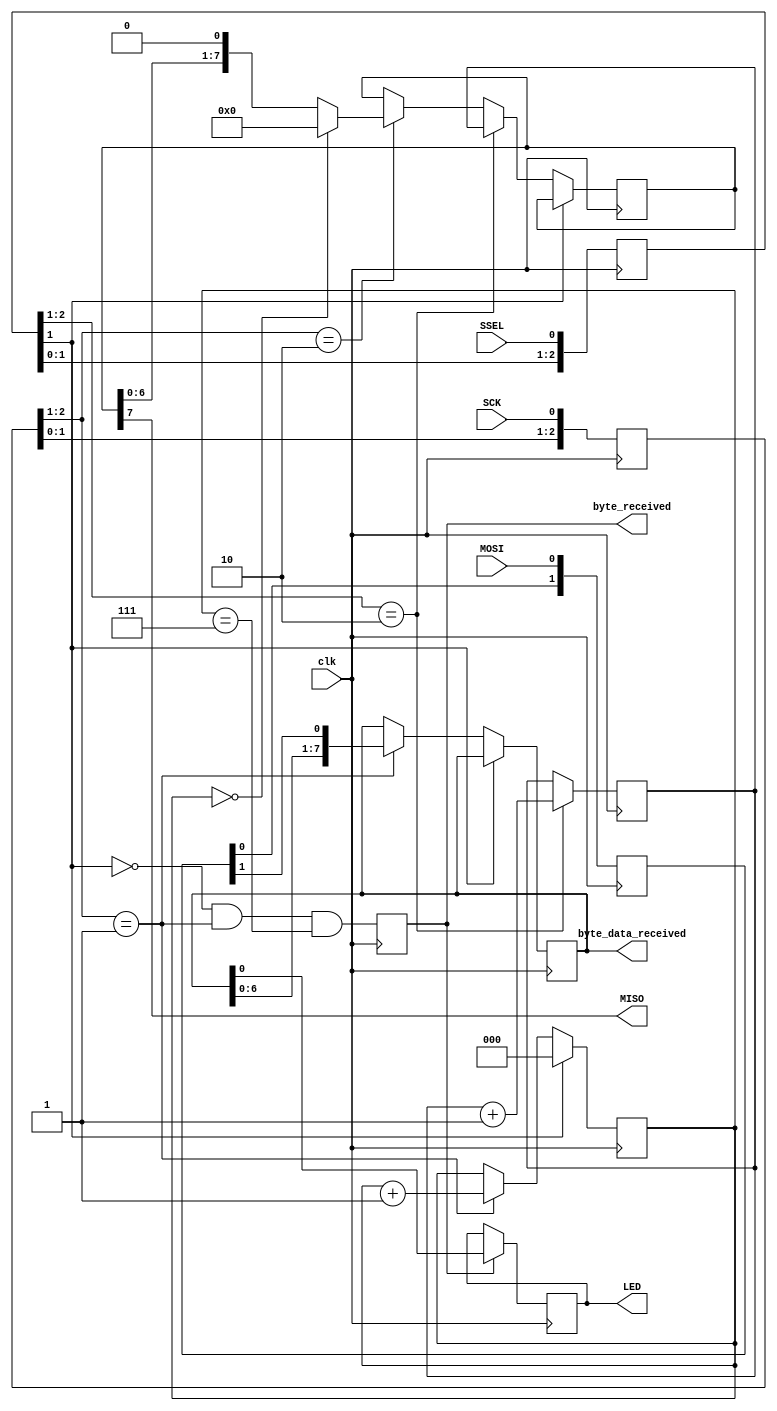
`timescale 1ns / 1ps
//////////////////////////////////////////////////////////////////////////////////
// Company: 
// Engineer: 
// 
// Design Name: 
// Module Name: SPI_slave
// Project Name: 
// Target Devices: 
// Tool Versions: 
// Description: 
// 
// Dependencies: 
// 
// Revision:
// Revision 0.01 - File Created
// Additional Comments:
// 
//////////////////////////////////////////////////////////////////////////////////
/* Simple SPI slave code from http://www.fpga4fun.com/SPI2.html */
/*SPI MODE 0*/

module SPI_slave(clk, SCK, MOSI, MISO, SSEL, LED, byte_received, byte_data_received);
input clk;

input SCK, SSEL, MOSI;
output MISO;

output LED;
output reg [7:0] byte_data_received;
output reg byte_received;

// sync SCK to the FPGA clock using a 3-bits shift register
reg [2:0] SCKr;  always @(posedge clk) SCKr <= {SCKr[1:0], SCK};
wire SCK_risingedge = (SCKr[2:1]==2'b01);  // now we can detect SCK rising edges
wire SCK_fallingedge = (SCKr[2:1]==2'b10);  // and falling edges

// same thing for SSEL
reg [2:0] SSELr;  always @(posedge clk) SSELr <= {SSELr[1:0], SSEL};
wire SSEL_active = ~SSELr[1];  // SSEL is active low
wire SSEL_startmessage = (SSELr[2:1]==2'b10);  // message starts at falling edge
wire SSEL_endmessage = (SSELr[2:1]==2'b01);  // message stops at rising edge

// and for MOSI
reg [1:0] MOSIr;  always @(posedge clk) MOSIr <= {MOSIr[0], MOSI};
wire MOSI_data = MOSIr[1];


// we handle SPI in 8-bits format, so we need a 3 bits counter to count the bits as they come in
reg [2:0] bitcnt;

//reg byte_received;  // high when a byte has been received
//reg [7:0] byte_data_received;

always @(posedge clk)
begin
  if(~SSEL_active)
    bitcnt <= 3'b000;
  else
  if(SCK_risingedge)
  begin
    bitcnt <= bitcnt + 3'b001;

    // implement a shift-left register (since we receive the data MSB first)
    byte_data_received <= {byte_data_received[6:0], MOSI_data};
  end
end

always @(posedge clk) byte_received <= SSEL_active && SCK_risingedge && (bitcnt==3'b111);

// we use the LSB of the data received to control an LED
reg LED;
always @(posedge clk) if(byte_received) LED <= byte_data_received[0];


reg [7:0] byte_data_sent;

reg [7:0] cnt;
always @(posedge clk) if(SSEL_startmessage) cnt<=cnt+8'h1;  // count the messages

always @(posedge clk)
if(SSEL_active)
begin
  if(SSEL_startmessage)
    byte_data_sent <= cnt;  // first byte sent in a message is the message count
  else
  if(SCK_fallingedge)
  begin
    if(bitcnt==3'b000)
      byte_data_sent <= 8'h00;  // after that, we send 0s
    else
      byte_data_sent <= {byte_data_sent[6:0], 1'b0};
  end
end

assign MISO = byte_data_sent[7];  // send MSB first
// we assume that there is only one slave on the SPI bus
// so we don't bother with a tri-state buffer for MISO
// otherwise we would need to tri-state MISO when SSEL is inactive

endmodule